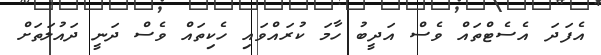
އެފަދަ އެސެޓްތައް ވެސް އަދީބު ހާމަ ކުރައްވައި ހެކިތައް ވެސް ދަނީ ދައުލަތަށް